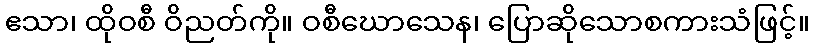
ဧသာ၊ ထိုဝစီ ဝိညတ်ကို။ ဝစီဃောသေန၊ ပြောဆိုသောစကားသံဖြင့်။